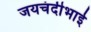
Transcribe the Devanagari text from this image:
जयचंदीभाई